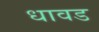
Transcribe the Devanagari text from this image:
धावड